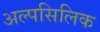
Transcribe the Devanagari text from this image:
अल्पसिलिक